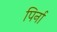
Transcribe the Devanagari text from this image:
पिर्ना